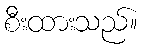
စီးထားသည်။